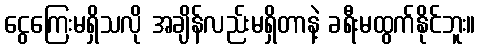
ငွေကြေးမရှိသလို အချိန်လည်းမရှိတာနဲ့ ခရီးမထွက်နိုင်ဘူး။